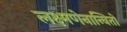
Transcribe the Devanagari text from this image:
लक्ष्मणेनान्वितो